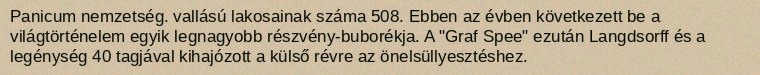
Panicum nemzetség. vallású lakosainak száma 508. Ebben az évben következett be a világtörténelem egyik legnagyobb részvény-buborékja. A "Graf Spee" ezután Langdsorff és a legénység 40 tagjával kihajózott a külső révre az önelsüllyesztéshez.